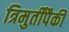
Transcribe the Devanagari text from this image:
त्रिमुर्तींपैकी